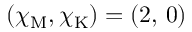
( \chi _ { \mathrm { M } } , \chi _ { \mathrm { K } } ) = ( 2 , \, 0 )